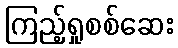
ကြည့်ရှုစစ်ဆေး